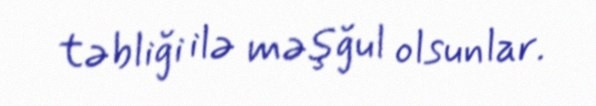
təbliği ilə məşğul olsunlar.